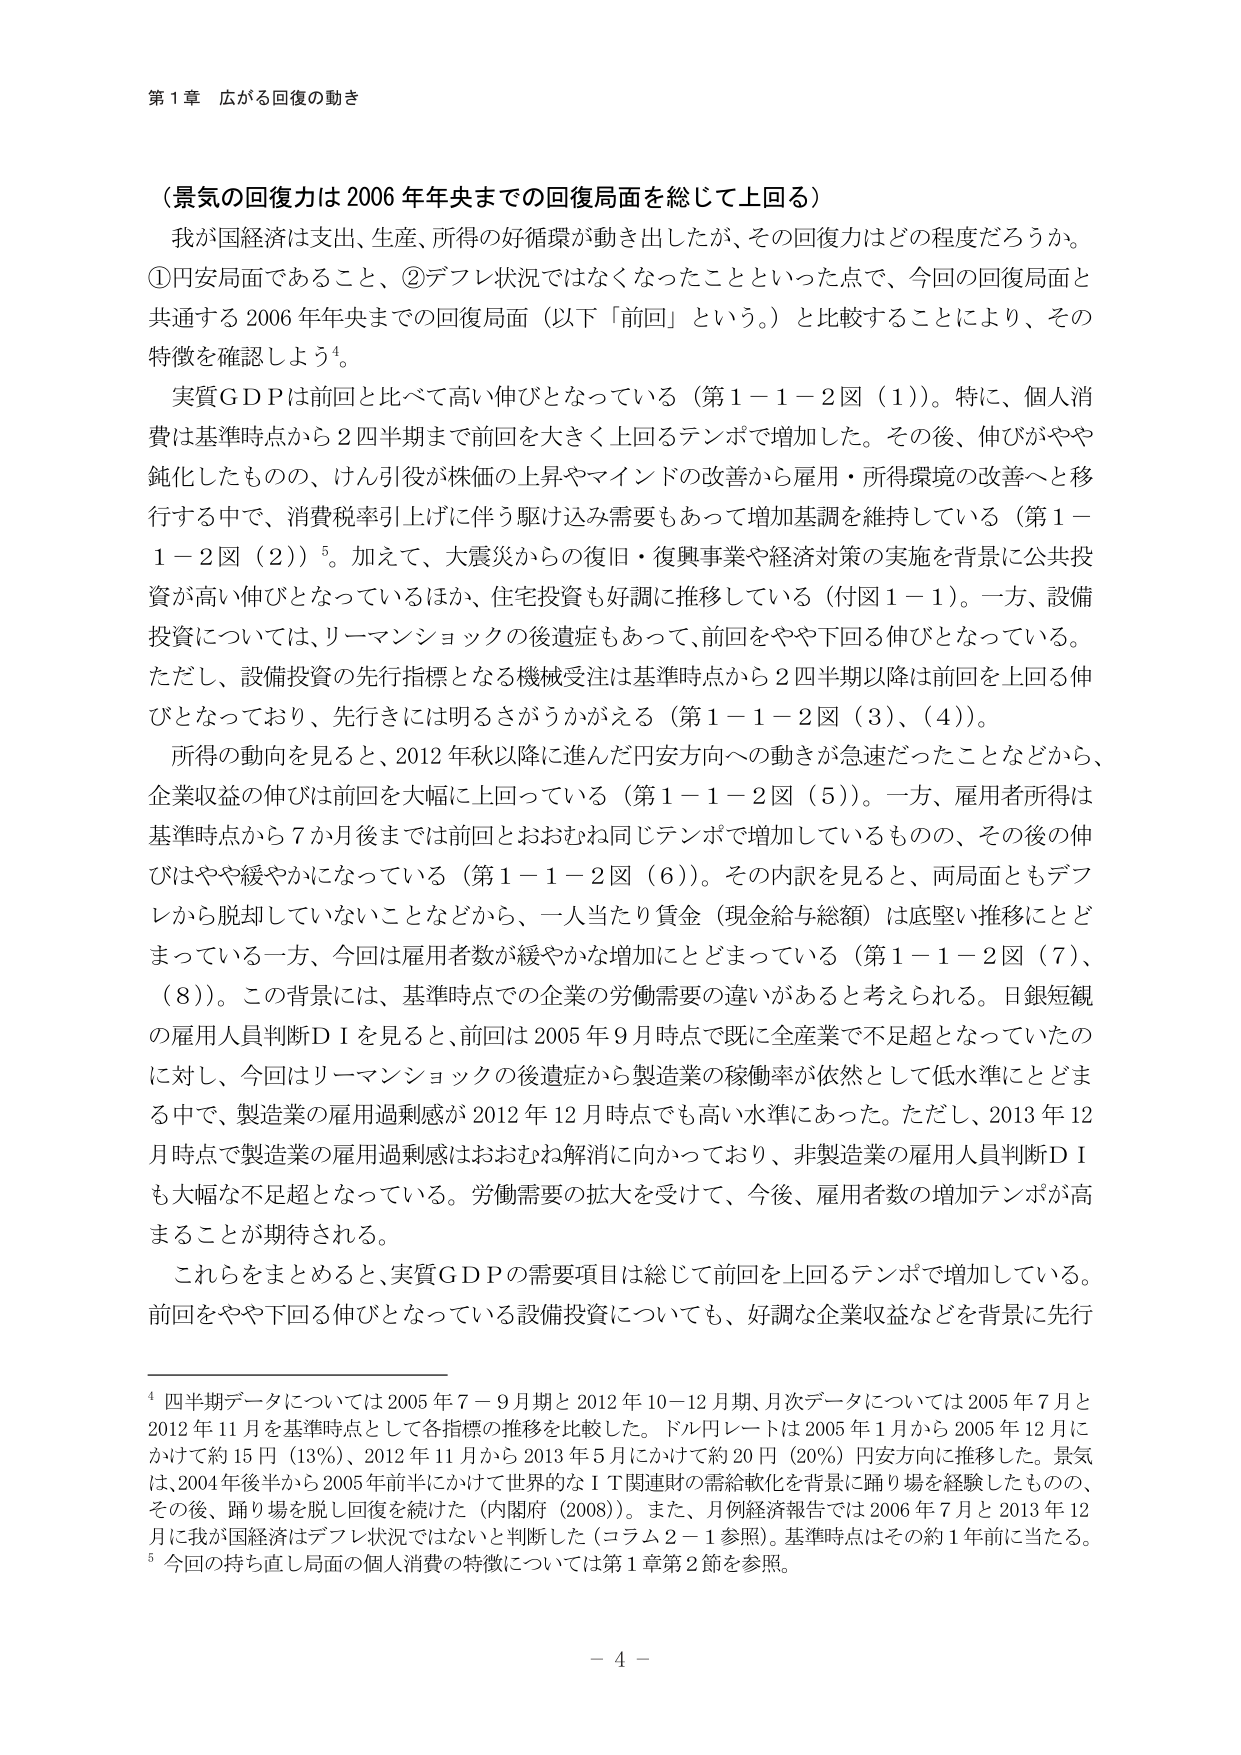
第１章 広がる回復の動き

（景気の回復力は 2006 年年央までの回復局面を総じて上回る）

我が国経済は支出、生産、所得の好循環が動き出したが、その回復力はどの程度だろうか。①円安局面であること、②デフレ状況ではなくなったことといった点で、今回の回復局面と共通する 2006 年年央までの回復局面（以下「前回」という。）と比較することにより、その特徴を確認しよう⁴。

実質ＧＤＰは前回と比べて高い伸びとなっている（第１－１－２図（１））。特に、個人消費は基準時点から２四半期まで前回を大きく上回るテンポで増加した。その後、伸びがやや鈍化したもの、けん引役が株価の上昇やマインドの改善から雇用・所得環境の改善へと移行する中で、消費税率引上げに伴う駆け込み需要もあって増加基調を維持している（第１－１－２図（２））⁵。加えて、大震災からの復旧・復興事業や経済対策の実施を背景に公共投資が高い伸びとなっているほか、住宅投資も好調に推移している（付図１－１）。一方、設備投資については、リーマンショックの後遺症もあって、前回をやや下回る伸びとなっている。ただし、設備投資の先行指標となる機械受注は基準時点から２四半期以降は前回を上回る伸びとなっており、先行きには明るさがうかがえる（第１－１－２図（３）、（４））。

所得の動向を見ると、2012 年秋以降に進んだ円安方向への動きが急速だったことなどから、企業収益の伸びは前回を大幅に上回っている（第１－１－２図（５））。一方、雇用者所得は基準時点から７か月後までは前回とおおむね同じテンポで増加しているものの、その後の伸びはやや緩やかになっている（第１－１－２図（６））。その内訳を見ると、両局面ともデフレから脱却していないことなどから、一人当たり賃金（現金給与総額）は底堅い推移にとどまっている一方、今回は雇用者数が緩やかな増加にとどまっている（第１－１－２図（７）、（８））。この背景には、基準時点での企業の労働需要の違いがあると考えられる。日銀短観の雇用人員判断ＤＩを見ると、前回は 2005 年９月時点で既に全産業で不足超となっていたのに対し、今回はリーマンショックの後遺症から製造業の稼働率が依然として低水準にとどまる中で、製造業の雇用過剰感が 2012 年 12 月時点でも高い水準にあった。ただし、2013 年 12 月時点で製造業の雇用過剰感はおおむね解消に向かっており、非製造業の雇用人員判断ＤＩも大幅な不足超となっている。労働需要の拡大を受けて、今後、雇用者数の増加テンポが高まることが期待される。

これらをまとめると、実質ＧＤＰの需要項目は総じて前回を上回るテンポで増加している。前回をやや下回る伸びとなっている設備投資についても、好調な企業収益などを背景に先行

⁴ 四半期データについては 2005 年７－９月期と 2012 年 10－12 月期、月次データについては 2005 年７月と 2012 年 11 月を基準時点として各指標の推移を比較した。ドル円レートは 2005 年１月から 2005 年 12 月にかけて約 15 円（13％）、2012 年 11 月から 2013 年５月にかけて約 20 円（20％）円安方向に推移した。景気は、2004 年後半から 2005 年前半にかけて世界的なＩＴ関連財の需給軟化を背景に踊り場を経験したものの、その後、踊り場を脱し回復を続けた（内閣府（2008））。また、月例経済報告では 2006 年７月と 2013 年 12 月に我が国経済はデフレ状況ではないと判断した（コラム２－１参照）。基準時点はその約１年前に当たる。

⁵ 今回の持ち直し局面の個人消費の特徴については第１章第２節を参照。

－ 4 －